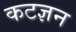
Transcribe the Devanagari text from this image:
कटज्ञन